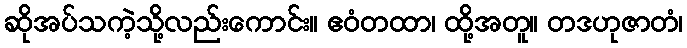
ဆိုအပ်သကဲ့သို့လည်းကောင်း။ ဧဝံတထာ၊ ထို့အတူ။ တဒဟုဇာတံ၊